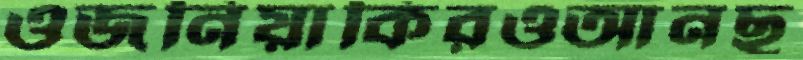
ওজনিয়াকিরওআনছ